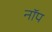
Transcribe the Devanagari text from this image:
नॉप